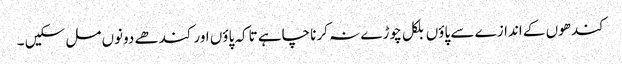
کندھوں کے اندازے سے پاؤں بلکل چوڑے نہ کرنا چاہے تاکہ پاؤں اور کندھے دونوں مل سکیں ۔